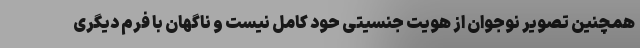
همچنین تصویر نوجوان از هویت جنسیتی حود کامل نیست و ناگهان با فرم دیگری